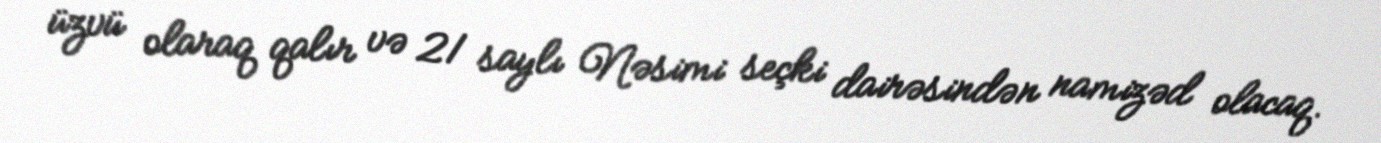
üzvü olaraq qalır və 21 saylı Nəsimi seçki dairəsindən namizəd olacaq.